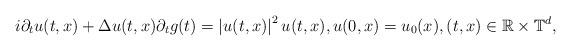
LaTeX: \begin{align*} i \partial_t u(t,x) + \Delta u(t,x) \partial_t g(t) = \left| u(t,x)\right |^2 u(t,x), u(0,x) = u_0(x),(t,x) \in \mathbb{R} \times \mathbb{T}^d,\end{align*}